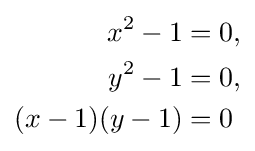
{\begin{aligned}x^{2}-1&=0,\\y^{2}-1&=0,\\(x-1)(y-1)&=0\end{aligned}}